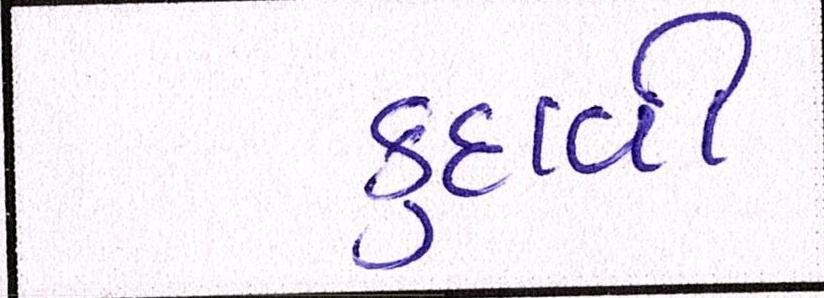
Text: કુદાવી